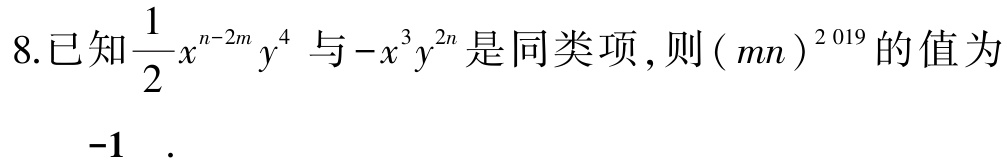
8.已知$\frac{1}{2}x^{n - 2m}y^{4}$与$-x^{3}y^{2n}$是同类项，则$(mn)^{2019}$的值为

-1  .